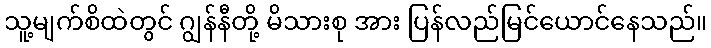
သူ့မျက်စိထဲတွင် ဂျွန်နီတို့ မိသားစု အား ပြန်လည်မြင်ယောင်နေသည်။